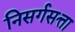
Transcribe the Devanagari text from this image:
निसर्गसत्ता